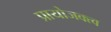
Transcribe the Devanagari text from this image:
प्रायोजक्त्व